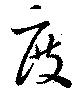
度